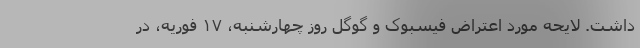
داشت. لایحه مورد اعتراض فیسبوک و گوگل روز چهارشنبه، ۱۷ فوریه، در